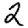
Digit: 2